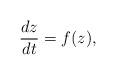
LaTeX: \begin{align*}\frac{dz}{dt} = f(z),\end{align*}